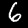
Digit: 6